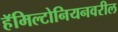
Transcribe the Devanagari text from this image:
हॅमिल्टोनियनवरील